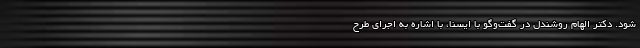
شود. دکتر الهام روشندل در گفت‌وگو با ایسنا، با اشاره به اجرای طرح